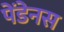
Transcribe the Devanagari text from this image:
पेंडेनस